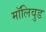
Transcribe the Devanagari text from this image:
मॉलिवुड